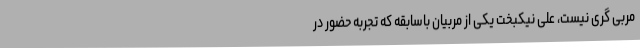
مربی گری نیست، علی نیکبخت یکی از مربیان باسابقه که تجربه حضور در